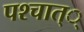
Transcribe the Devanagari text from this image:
पश्चात््